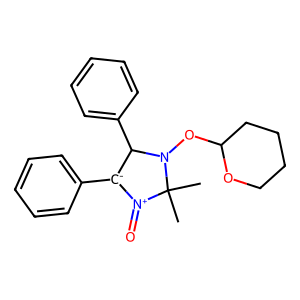
SMILES: CC1(C)N(OC2CCCCO2)C(c2ccccc2)[C-](c2ccccc2)[N+]1=O
Inhibits HIV replication: No